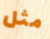
مثل